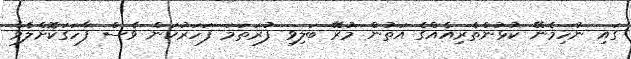
ގައި ނުހިމެނޭ ކުޅުންތެރިއެއްގެ އަތުން މުރޭ ބަލިވި ފުރަތަމަ ފަހަރުކަން ވެސް ފާހަގަކޮށްލެވެ